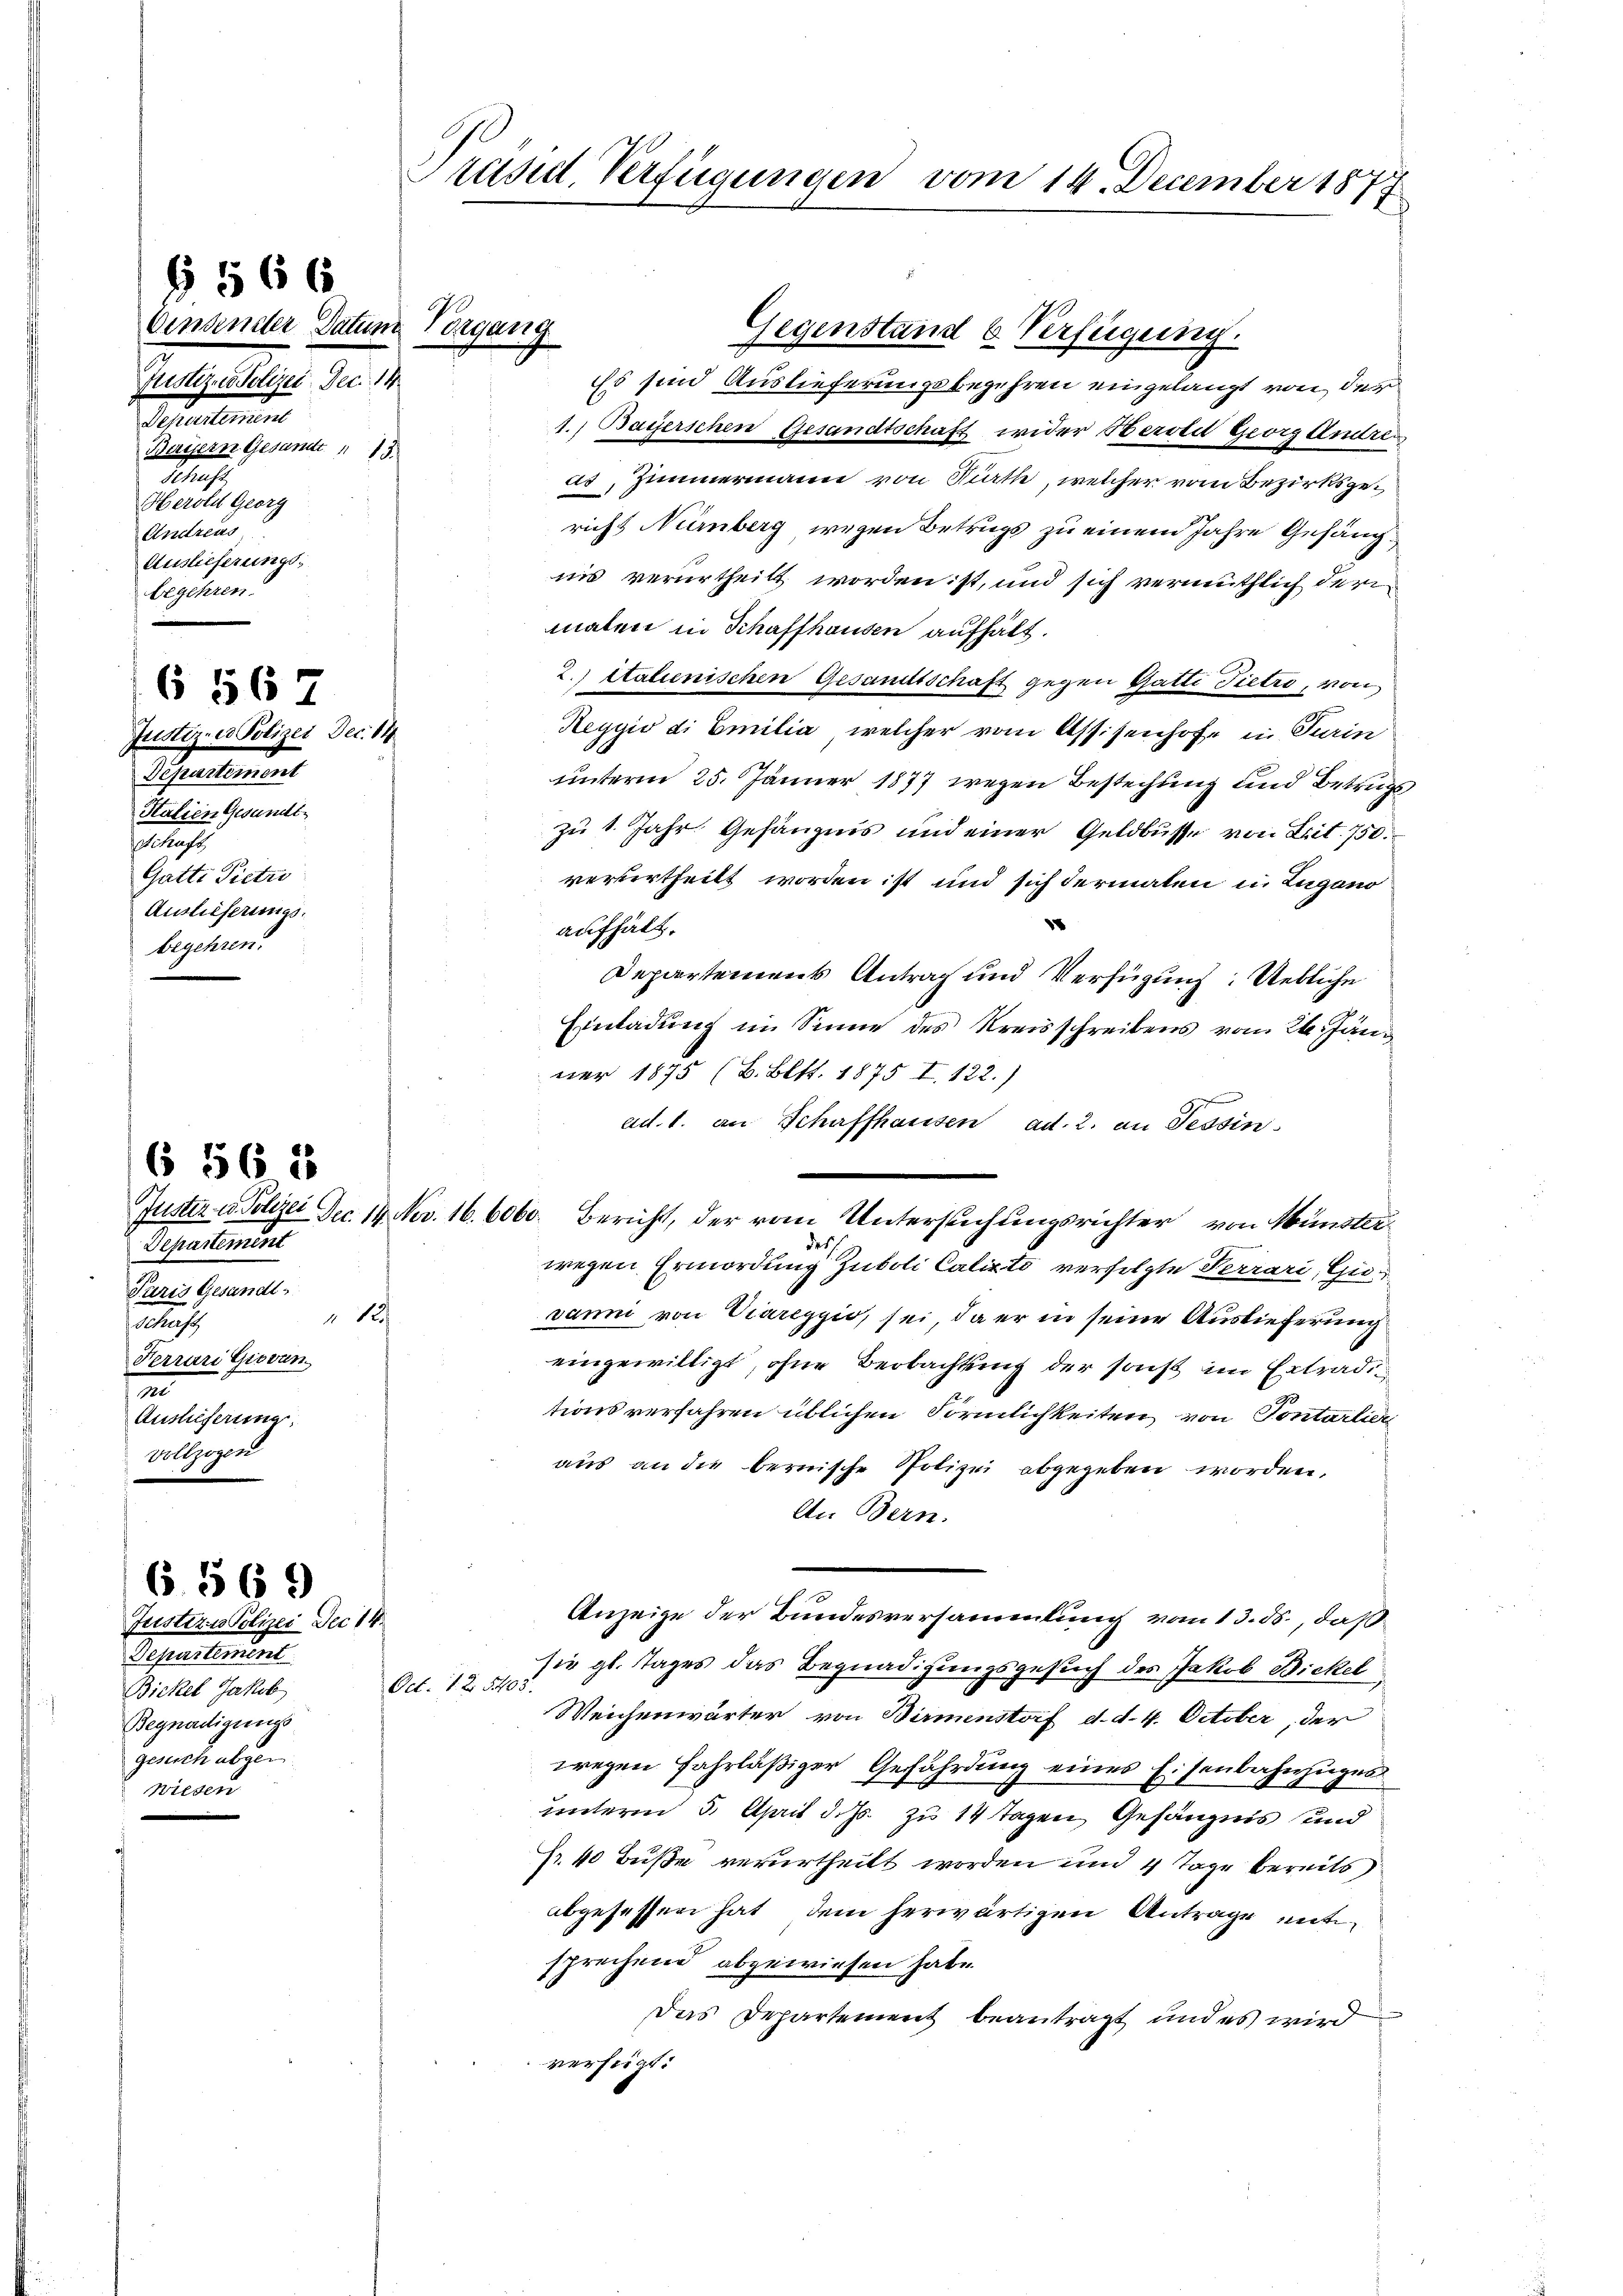
Vinsender Datum Vorgang
Pertiges elegt. Dec. 14.
Departement
Bayern Gesamt 13
Sehns
Herold Georg
Andreas
Auslieferungsbegehren.
6 567
Justiz- & Polizei Dec. 14
Departement
Halien Gesundisat
Gatte Pietri
Auslieferungsbegehren.

§ 566

6 565

Separtement
Bickel Jakob
Begnadigungs
gesuch abgen
wiesen

6. 569
Justizu Polizei Dec 14.

Departement
Paris Gesandt
12
a
Ferrari Giovan
m
Auslieferung
vollzogen

Präsid. Verfügungen vom 14. December 1877

Es sind Auslieferungsbegehren eingelangt von der
1. Bayerschen Gesandtschaft wider Berold Georg Andrec
as, Zimmermann von Rath, welcher vom Bezirksgericht Nürnberg wegen Betrugs zu einem Jahre Gefängnis verurtheilt worden ist, und sich vermuthlich der
maten in Schaffhausen aufhält.
2.) Italienischen Gesandtschaft gegen Gatti Tiere, von
Reggio di Emilia, welcher vom Assisenhofe in Turin
unterm 25. Jänner 1877 wegen Bestechung und Betrugs
zu 1. Jahr Gefängnis und einer Geldbusse von Lit. 750.
verurtheilt worden ist und sich dermalen in Lugano
x
aufhält.
Departements Antrag und Verfügung: Uebliche
Einladung im Sinne des Kreisschreibens vom 24. Jän
ner 1875 (B. Bett. 1875 I. 122.)
ad. 1. an Schaffhausen ad. 2. an Tessin
Juster u. Polizei Dec. 14. Nov. 16. 6060. Bericht, der vom Untersuchungsrichter von Münsterdes
wegen Ermordung Zuboli Calixto verfetzte Perrari, Guvanni von Viareggio, sei, da er in seine Auslieferung
eingewilligt, ohne Beobachtung der sonst im Extraditionsverfahren üblichen Förmlichkeiten von Contarlier
aus an die bernische Polizei abgegeben worden,
An Bern.
Anzeige der Bundesversammlung vom 13. ds., daß
sie gl. Tages das Begnadigungsgesuch des Jakob Bickel
Oct. 1. Z. 5403.
Weichenwärter von Birmenstorf d. d. 4. October, der
wegen fahrläßiger Gefährdung eines Eisenbahnzuges
unterm 5. April d. Js. zu 14 Tagen Gefängnis und
Fr. 40 Buße verurtheilt worden und 4 Tage bereits
abgesessen hat dem herwärtigen Antrage entsprechend abgewiesen habe.
Das Departement beantragt und es wird
verfügt:

.

Gegenstand b. Verfügung.